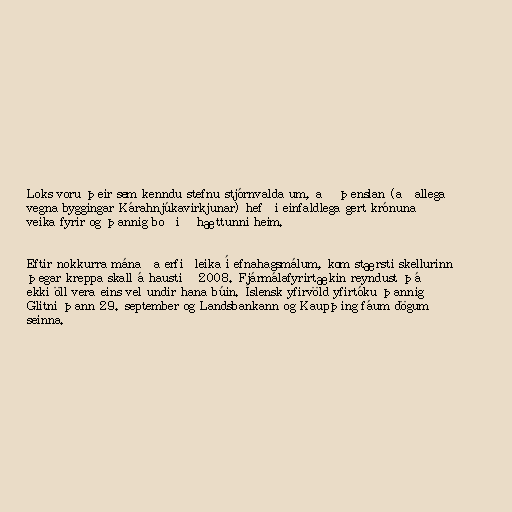
Loks voru þeir sem kenndu stefnu stjórnvalda um, að þenslan (aðallega
vegna byggingar Kárahnjúkavirkjunar) hefði einfaldlega gert krónuna
veika fyrir og þannig boðið hættunni heim.

Eftir nokkurra mánaða erfiðleika í efnahagsmálum, kom stærsti skellurinn
þegar kreppa skall á haustið 2008. Fjármálafyrirtækin reyndust þá
ekki öll vera eins vel undir hana búin. Íslensk yfirvöld yfirtóku þannig
Glitni þann 29. september og Landsbankann og Kaupþing fáum dögum
seinna.